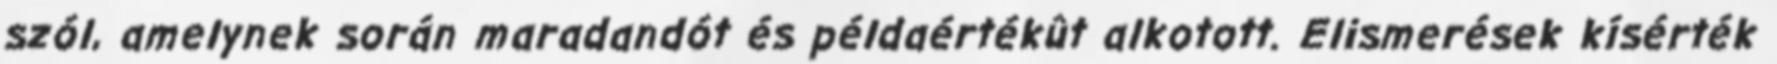
szól, amelynek során maradandót és példaértékût alkotott. Elismerések kísérték